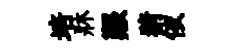
培牀艱猜依